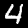
Digit: 4